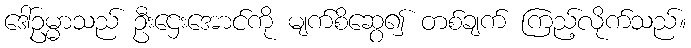
ဒေါ်ဥမ္မာသည် ဦးဌေးအောင်ကို မျက်စိဆွေ၍ တစ်ချက် ကြည့်လိုက်သည်။